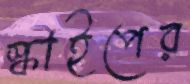
স্কাইপের